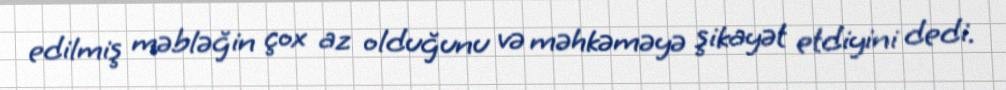
edilmiş məbləğin çox az olduğunu və məhkəməyə şikayət etdiyini dedi.